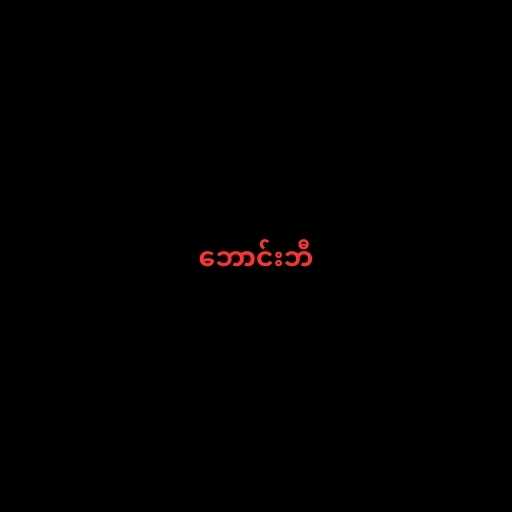
ဘောင်းဘီ